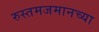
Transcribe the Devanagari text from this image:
रुस्तमजमानच्या